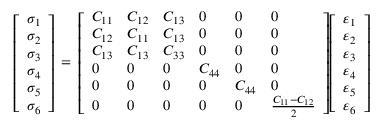
{ \left[ \begin{array} { l } { \sigma _ { 1 } } \\ { \sigma _ { 2 } } \\ { \sigma _ { 3 } } \\ { \sigma _ { 4 } } \\ { \sigma _ { 5 } } \\ { \sigma _ { 6 } } \end{array} \right] } \, = \, { \left[ \begin{array} { l l l l l l } { C _ { 1 1 } } & { C _ { 1 2 } } & { C _ { 1 3 } } & { 0 } & { 0 } & { 0 } \\ { C _ { 1 2 } } & { C _ { 1 1 } } & { C _ { 1 3 } } & { 0 } & { 0 } & { 0 } \\ { C _ { 1 3 } } & { C _ { 1 3 } } & { C _ { 3 3 } } & { 0 } & { 0 } & { 0 } \\ { 0 } & { 0 } & { 0 } & { C _ { 4 4 } } & { 0 } & { 0 } \\ { 0 } & { 0 } & { 0 } & { 0 } & { C _ { 4 4 } } & { 0 } \\ { 0 } & { 0 } & { 0 } & { 0 } & { 0 } & { { \frac { C _ { 1 1 } - C _ { 1 2 } } { 2 } } } \end{array} \right] } { \left[ \begin{array} { l } { \varepsilon _ { 1 } } \\ { \varepsilon _ { 2 } } \\ { \varepsilon _ { 3 } } \\ { \varepsilon _ { 4 } } \\ { \varepsilon _ { 5 } } \\ { \varepsilon _ { 6 } } \end{array} \right] }